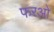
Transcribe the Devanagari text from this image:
फरओ